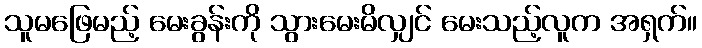
သူမဖြေမည့် မေးခွန်းကို သွားမေးမိလျှင် မေးသည့်လူက အရှက်။